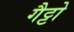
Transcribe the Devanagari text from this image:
गैट्टो